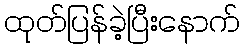
ထုတ်ပြန်ခဲ့ပြီးနောက်